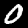
Digit: 0